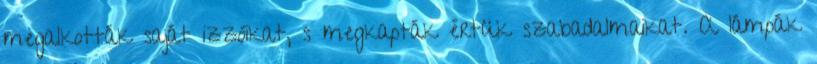
megalkották saját izzóikat, s megkapták értük szabadalmaikat. A lámpák